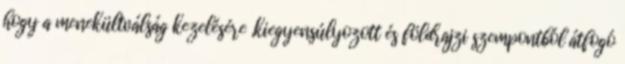
hogy a menekültválság kezelésére „kiegyensúlyozott és földrajzi szempontból átfogó